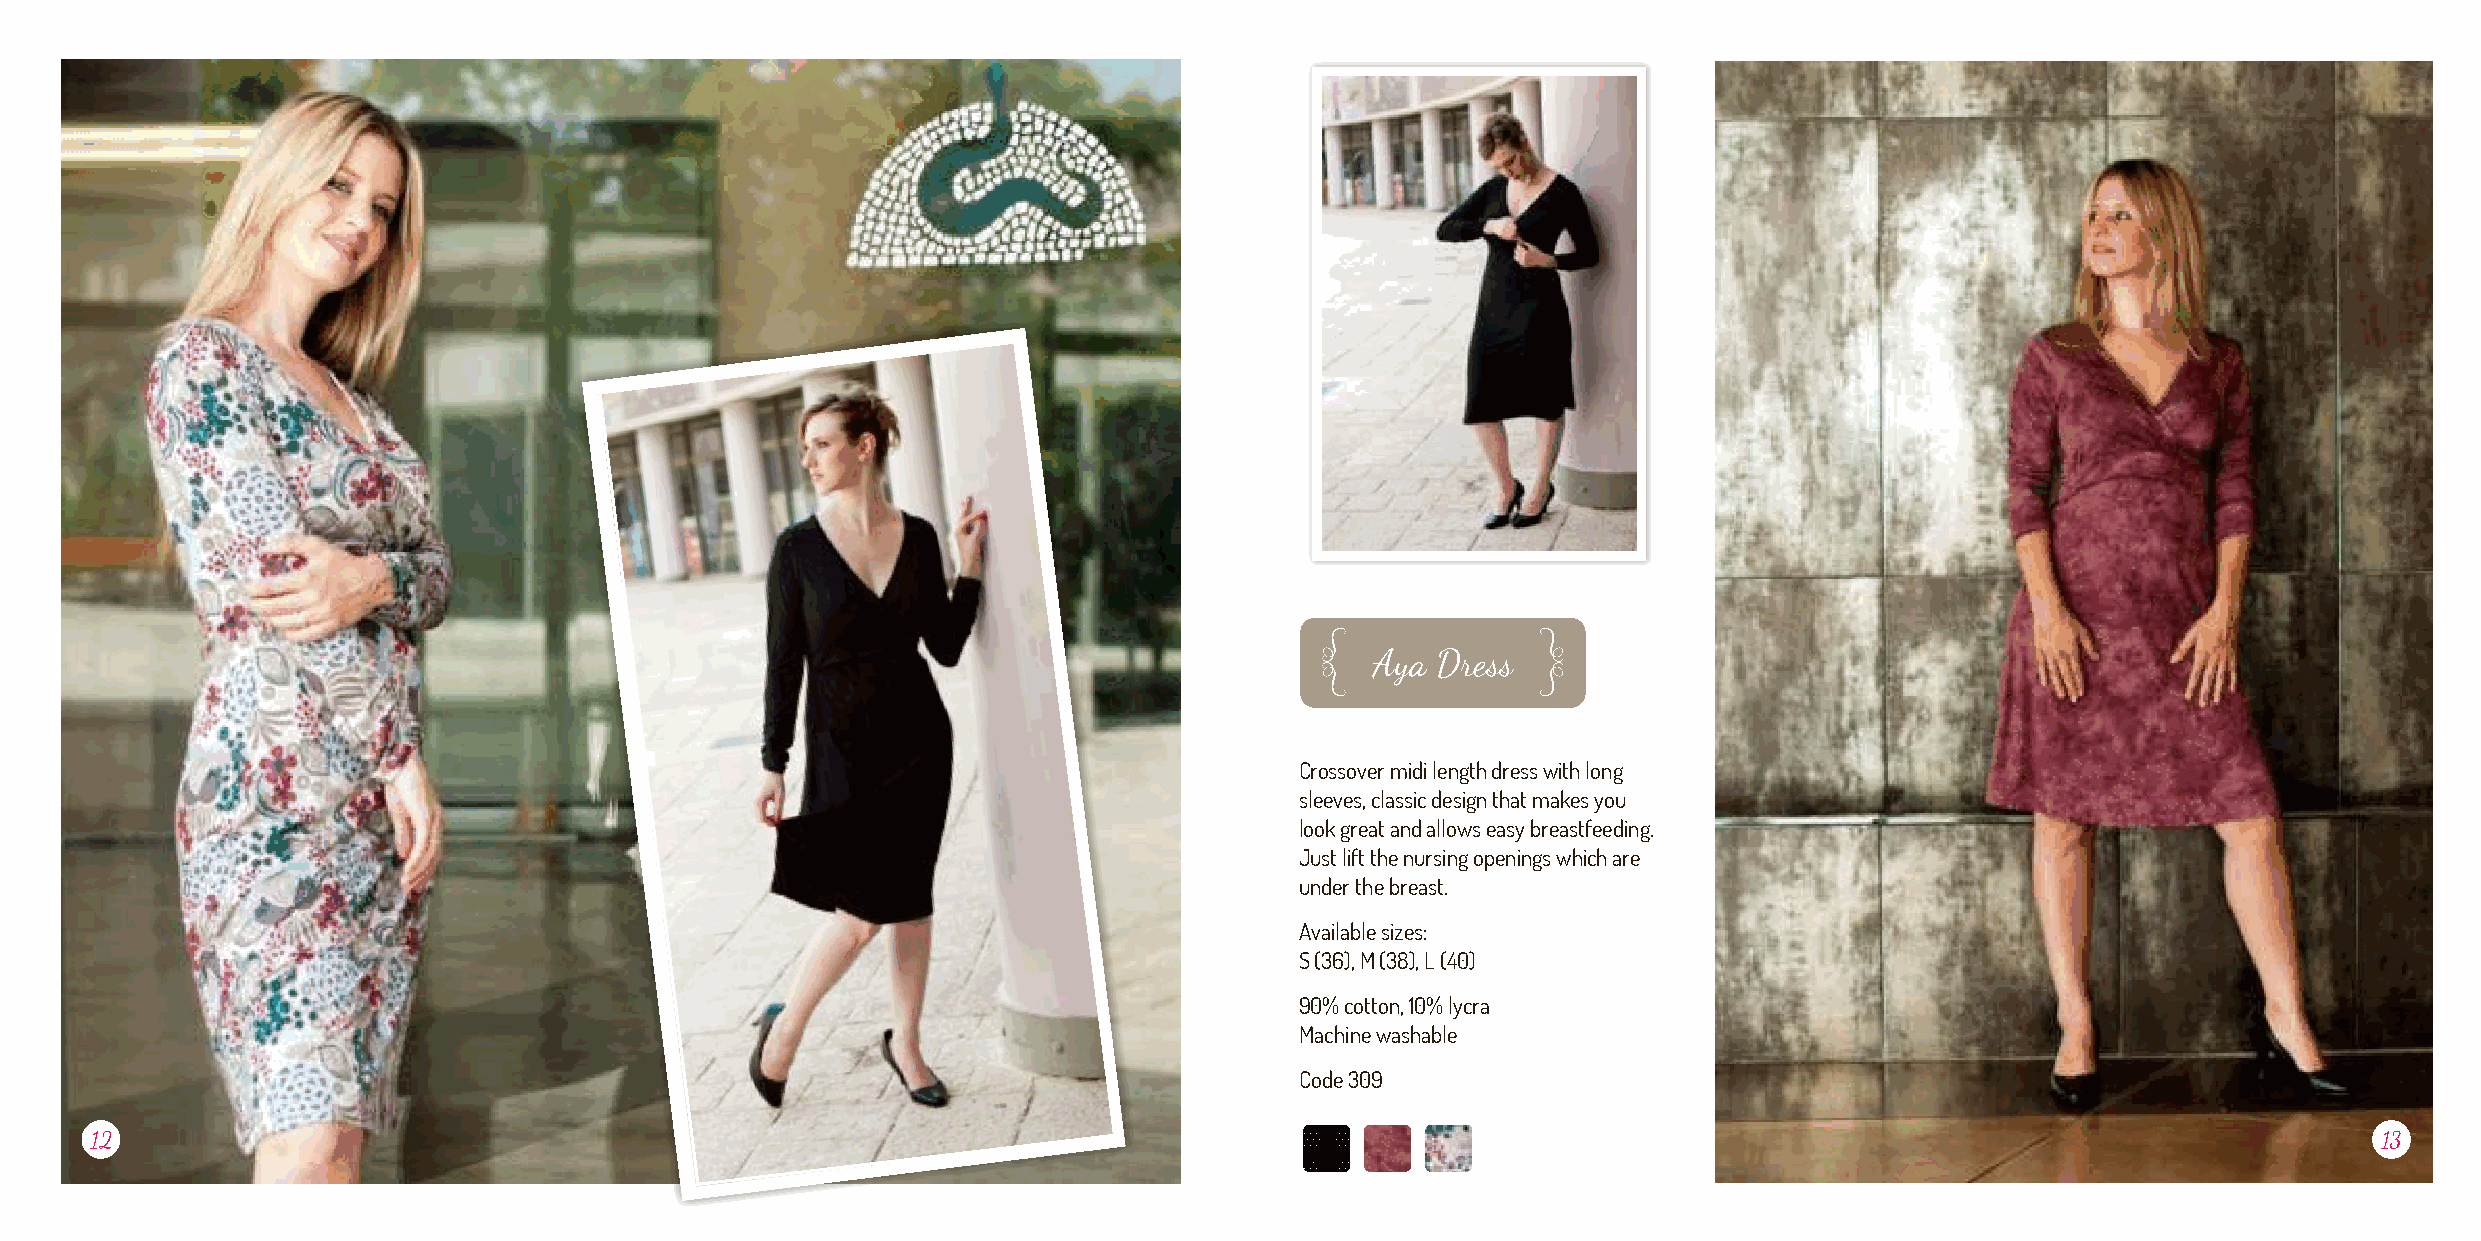
Aya   Dress
 Aya Dress
 Crossover midi length dress with long
 sleeves, classic design that makes you
 look great and allows easy breastfeeding.
 Just lift the nursing openings which are
 under the breast.
 Available sizes:
 S (36), M (38), L (40)
 90% cotton, 10% lycra
 Machine washable
 Code 309
 12                                                                                                                                                      13